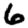
Digit: 6